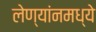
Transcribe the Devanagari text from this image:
लेण्यांनमध्ये